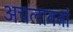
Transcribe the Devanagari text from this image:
अचलावतां